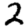
Digit: 2